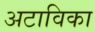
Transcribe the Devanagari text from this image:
अटाविका